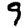
Digit: 9